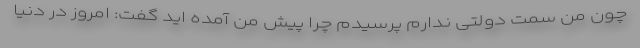
چون من سمت دولتی ندارم پرسیدم چرا پیش من آمده اید گفت: امروز در دنیا